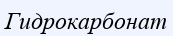
Гидрокарбонат